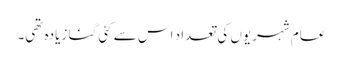
عام شہریوں کی تعداد اس سے کئی گنا زیادہ تھی۔